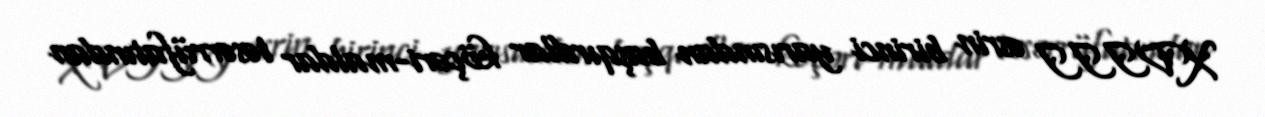
XVIII əsrin birinci yarısından başqırdlar köçəri-maldar təsərrüfatından